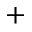
^ +